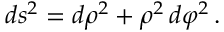
d s ^ { 2 } = d \rho ^ { 2 } + \rho ^ { 2 } \, d \varphi ^ { 2 } \, .